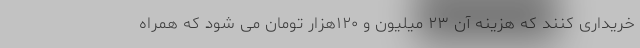
خریداری کنند که هزینه آن ۲۳ میلیون و ۱۲۰هزار تومان می شود که همراه